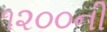
૧૨૦૦ની